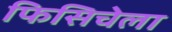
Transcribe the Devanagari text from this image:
फिसिचेला